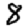
Digit: 8